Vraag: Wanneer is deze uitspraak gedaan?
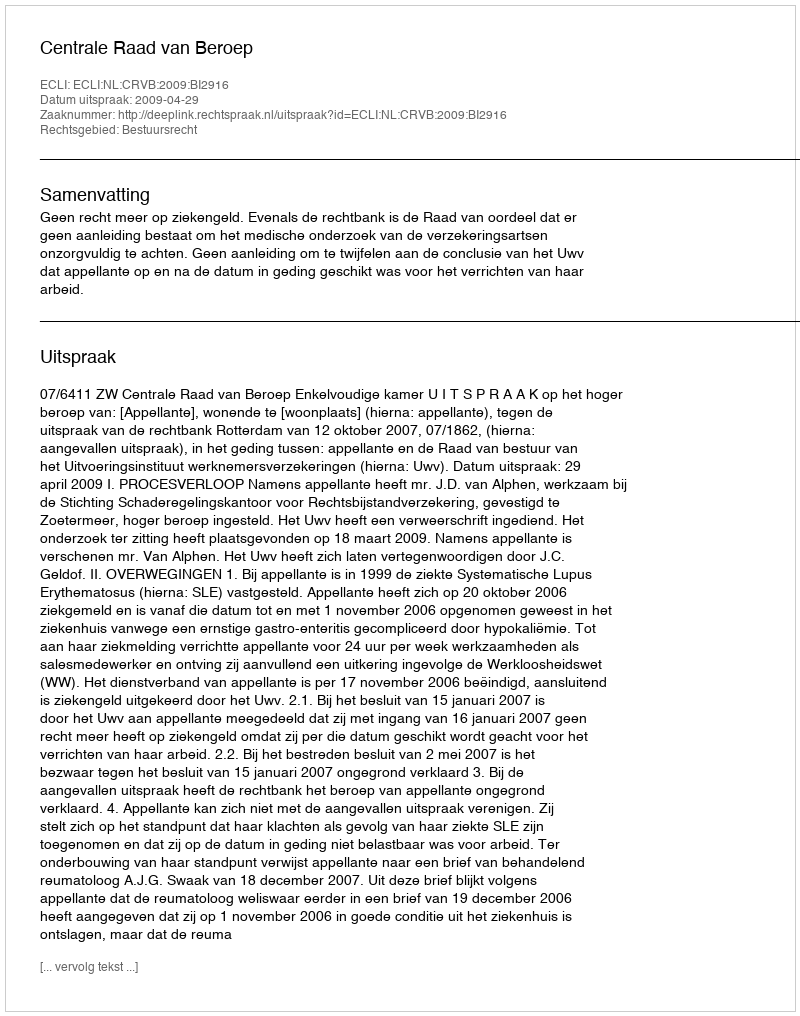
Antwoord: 2009-04-29